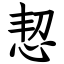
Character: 恝